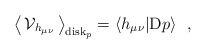
\begin{align*}\big\langle\,{\cal V}_{h_{\mu\nu}}\,\big\rangle_{{\rm disk}_p} =\langle h_{\mu\nu}|{\rm D}p\rangle~~,\end{align*}